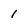
Character: 1